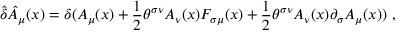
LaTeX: \hat { \delta } \hat { A } _ { \mu } ( x ) = \delta ( A _ { \mu } ( x ) + { \frac { 1 } { 2 } } \theta ^ { \sigma \nu } A _ { \nu } ( x ) F _ { \sigma \mu } ( x ) + { \frac { 1 } { 2 } } \theta ^ { \sigma \nu } A _ { \nu } ( x ) \partial _ { \sigma } A _ { \mu } ( x ) ) ~ ,